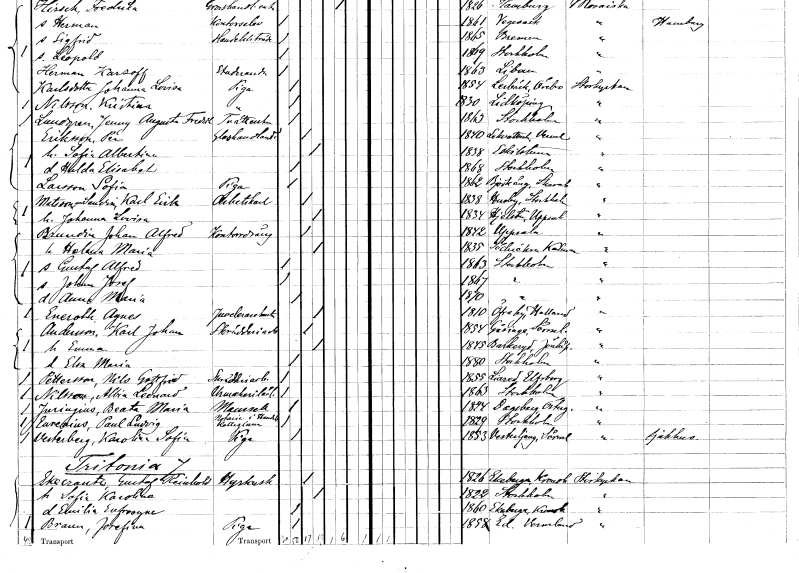
gt_parse: households: individuals: FN: Per
EN: Eriksson
YRKE: Glashandlare
KON: M
CIV: G
FODAR: 1840
FODFORS: Lekvattnet Värmlands län
FN: Sofia Albertina
KON: K
CIV: G
FODAR: 1838
FODFORS: Eskilstuna Södermanlands län
FN: Hulda Elisabet
KON: K
CIV: O
FODAR: 1868
FODFORS: Stockholm
FN: Sofia
EN: Larsson
YRKE: Piga
KON: K
CIV: O
FODAR: 1862
FODFORS: Björkäng Skaraborgs län
FN: Karl Erik
EN: Matsson Sandin
YRKE: Arbetskarl
KON: M
CIV: G
FODAR: 1838
FODFORS: Husby Stockholms län
FN: Johanna Lovisa
KON: K
CIV: G
FODAR: 1834
FODFORS: Hjälsta Uppsala län
FN: Johan Alfred
EN: Brundin
YRKE: Kontorsdräng
KON: M
CIV: G
FODAR: 1842
FODFORS: Uppsala Uppsala län
FN: Helena Maria
KON: K
CIV: G
FODAR: 1835
FODFORS: Söderåkra Kalmar län
FN: Gustaf Alfred
KON: M
CIV: O
FODAR: 1863
FODFORS: Stockholm
FN: Johan Josef
KON: M
CIV: O
FODAR: 1867
FODFORS: Stockholm
FN: Anna Maria
KON: K
CIV: O
FODAR: 1870
FODFORS: Stockholm
FN: Agnes
EN: Eneroth
YRKE: Juvelarehustru
KON: K
CIV: G
FODAR: 1810
FODFORS: Övraby Hallands län
FN: Karl Johan
EN: Andersson
YRKE: Skrädderiarbetare
KON: M
CIV: G
FODAR: 1854
FODFORS: Gåsinge Södermanlands län
FN: Emma
KON: K
CIV: G
FODAR: 1845
FODFORS: Barkeryd Jönköpings län
FN: Elsa Maria
KON: K
CIV: O
FODAR: 1880
FODFORS: Stockholm
FN: Nils Gottfrid
EN: Pettersson
YRKE: Skrädderiarbetare
KON: M
CIV: O
FODAR: 1855
FODFORS: Liared Älvsborgs län
FN: Albin Leonard
EN: Nilsson
YRKE: Urmakarelärling
KON: M
CIV: O
FODAR: 1863
FODFORS: Stockholm
FN: Beata Maria
EN: Juringius
KON: K
CIV: O
FODAR: 1824
FODFORS: Dagsberg Östergötlands län
FN: Paul Ludvig
EN: Eurenius
YRKE: Notarie i Handelskollegium
KON: M
CIV: O
FODAR: 1829
FODFORS: Stockholm
FN: Karolina Sofia
EN: Vesterberg
YRKE: Piga
KON: K
CIV: O
FODAR: 1853
FODFORS: Västerljung Södermanlands län
FN: Gustaf Reinhold
EN: Ekecrantz
YRKE: Hyrkusk
KON: M
CIV: G
FODAR: 1826
FODFORS: Ekeberga Kronobergs län
FN: Sofia Karolina
KON: K
CIV: G
FODAR: 1822
FODFORS: Stockholm
FN: Emilia Eufrosyne
KON: K
CIV: O
FODAR: 1860
FODFORS: Ekeberga Kronobergs län
FN: Josefina
EN: Braun
YRKE: Piga
KON: K
CIV: O
FODAR: 1858
FODFORS: Ed Värmlands län